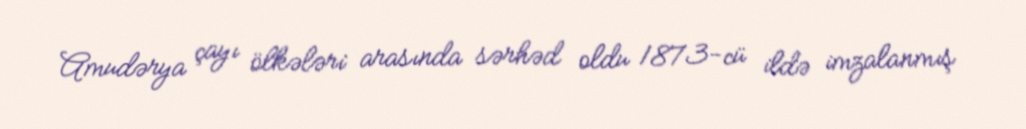
Amudərya çayı ölkələri arasında sərhəd oldu 1873-cü ildə imzalanmış